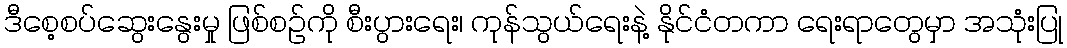
ဒီစေ့စပ်ဆွေးနွေးမှု ဖြစ်စဉ်ကို စီးပွားရေး၊ ကုန်သွယ်ရေးနဲ့ နိုင်ငံတကာ ရေးရာတွေမှာ အသုံးပြု